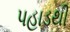
પહાડથી